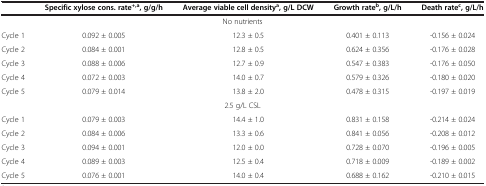
<table><thead><tr><td><b> </b></td><td><b>Specific xylose cons. rate<sup>+,a</sup>, g/g/h</b></td><td><b>Average viable cell density<sup>a</sup>, g/L DCW</b></td><td><b>Growth rate<sup>b</sup>, g/L/h</b></td><td><b>Death rate<sup>c</sup>, g/L/h</b></td></tr></thead><tbody><tr><td colspan="5">No nutrients</td></tr><tr><td>Cycle 1</td><td>0.092 ± 0.005</td><td>12.3 ± 0.5</td><td>0.401 ± 0.113</td><td>-0.156 ± 0.024</td></tr><tr><td>Cycle 2</td><td>0.084 ± 0.001</td><td>12.8 ± 0.5</td><td>0.624 ± 0.356</td><td>-0.176 ± 0.028</td></tr><tr><td>Cycle 3</td><td>0.088 ± 0.006</td><td>12.7 ± 0.9</td><td>0.547 ± 0.383</td><td>-0.176 ± 0.050</td></tr><tr><td>Cycle 4</td><td>0.072 ± 0.003</td><td>14.0 ± 0.7</td><td>0.579 ± 0.326</td><td>-0.180 ± 0.020</td></tr><tr><td>Cycle 5</td><td>0.079 ± 0.014</td><td>13.8 ± 2.0</td><td>0.478 ± 0.315</td><td>-0.197 ± 0.019</td></tr><tr><td colspan="5">2.5 g/L CSL</td></tr><tr><td>Cycle 1</td><td>0.079 ± 0.003</td><td>14.4 ± 1.0</td><td>0.831 ± 0.158</td><td>-0.214 ± 0.024</td></tr><tr><td>Cycle 2</td><td>0.084 ± 0.006</td><td>13.3 ± 0.6</td><td>0.841 ± 0.056</td><td>-0.208 ± 0.012</td></tr><tr><td>Cycle 3</td><td>0.094 ± 0.001</td><td>12.0 ± 0.0</td><td>0.728 ± 0.070</td><td>-0.196 ± 0.005</td></tr><tr><td>Cycle 4</td><td>0.089 ± 0.003</td><td>12.5 ± 0.4</td><td>0.718 ± 0.009</td><td>-0.189 ± 0.002</td></tr><tr><td>Cycle 5</td><td>0.076 ± 0.001</td><td>14.0 ± 0.4</td><td>0.688 ± 0.162</td><td>-0.210 ± 0.015</td></tr></tbody></table>